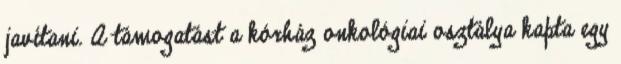
javítani. A támogatást a kórház onkológiai osztálya kapta egy